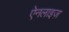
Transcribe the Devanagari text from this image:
ऐनलाइज़